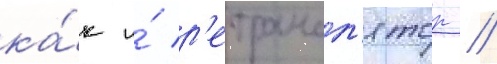
ка́к и́ р'етрансл'ятор //